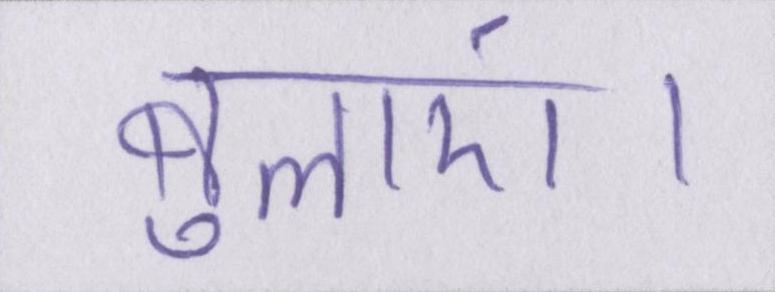
बुलाएं।